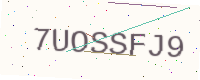
Text: 7UOSSFJ9